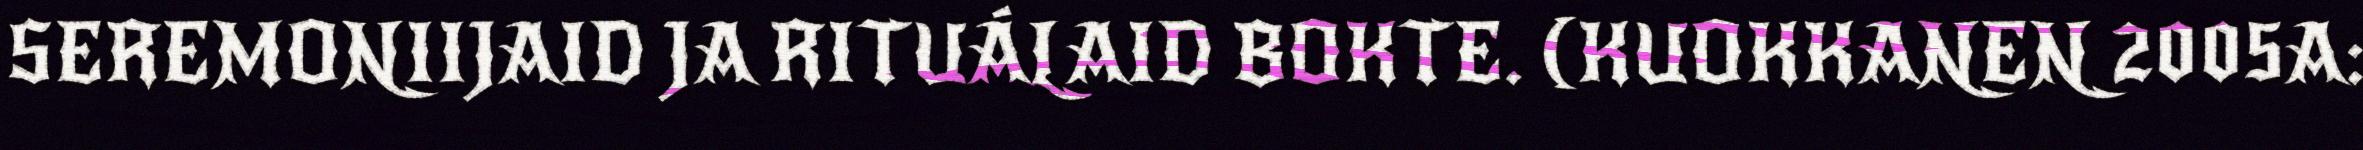
SEREMONIIJAID JA RITUÁLAID BOKTE. (KUOKKANEN 2005A: